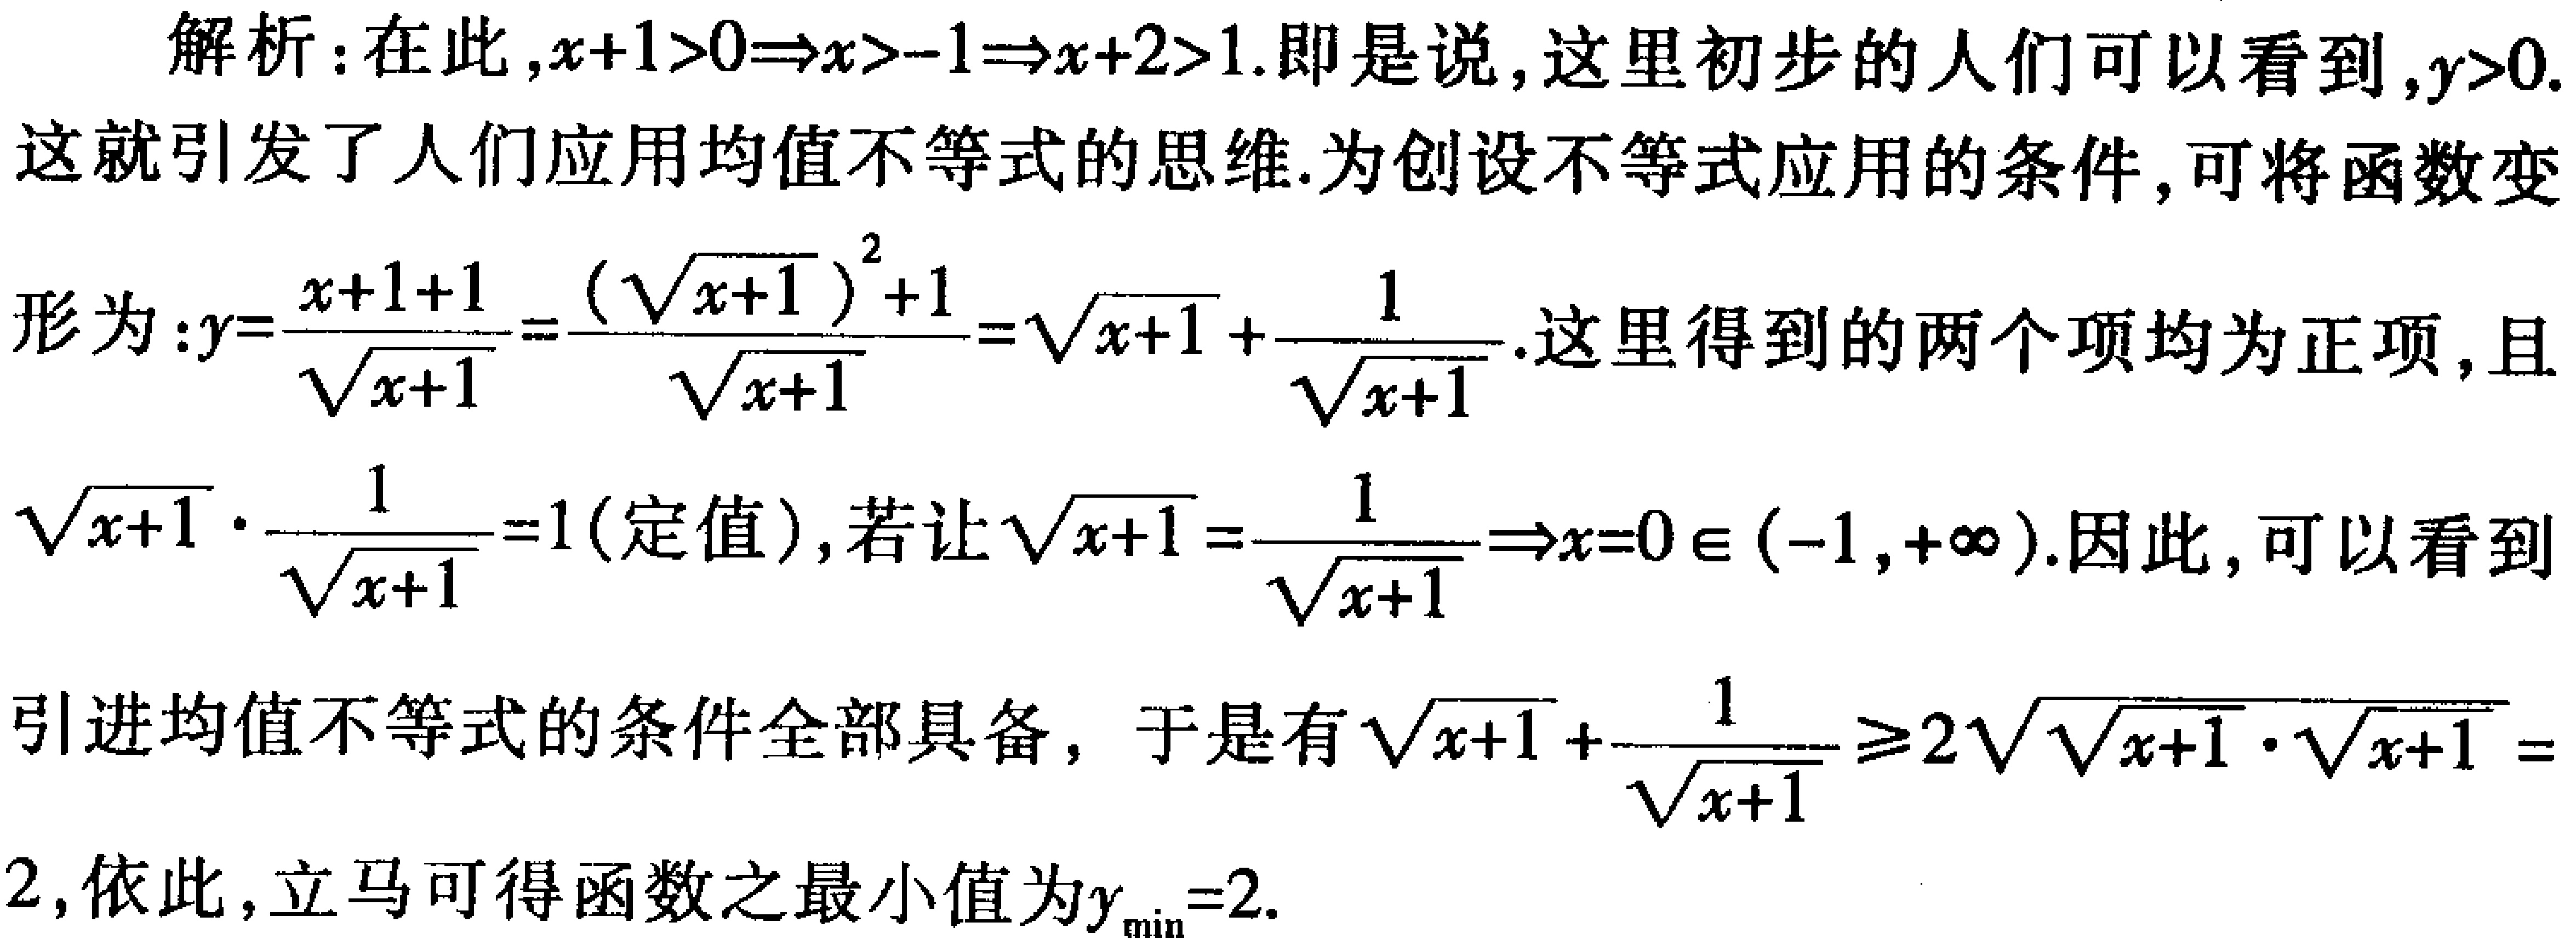
解析：在此，\(x + 1>0\Rightarrow x>-1\Rightarrow x + 2>1\).即是说，这里初步的人们可以看到，\(y>0\).这就引发了人们应用均值不等式的思维.为创设不等式应用的条件，可将函数变形为：\(y = \frac{x + 1+1}{\sqrt{x + 1}}=\frac{(\sqrt{x + 1})^2+1}{\sqrt{x + 1}}=\sqrt{x + 1}+\frac{1}{\sqrt{x + 1}}\).这里得到的两个项均为正项，且\(\sqrt{x + 1}\cdot\frac{1}{\sqrt{x + 1}} = 1\)（定值），若让\(\sqrt{x + 1}=\frac{1}{\sqrt{x + 1}}\Rightarrow x = 0\in(-1,+\infty)\).因此，可以看到引进均值不等式的条件全部具备，于是有\(\sqrt{x + 1}+\frac{1}{\sqrt{x + 1}}\geq2\sqrt{\sqrt{x + 1}\cdot\sqrt{x + 1}} = 2\)，依此，立马可得函数之最小值为\(y_{\min}=2\).